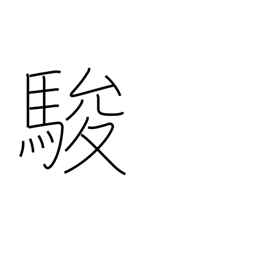
Meaning: speed